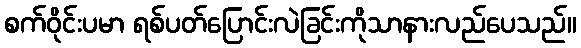
စက်ဝိုင်းပမာ ရစ်ပတ်ပြောင်းလဲခြင်းကိုသာနားလည်ပေသည်။